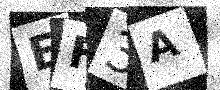
Text: EF3A